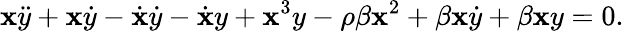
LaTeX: \mathbf{x}\ddot{{y}}+\mathbf{x}\dot{{y}}-\dot{{\mathbf{x}}}\dot{{y}}-\dot{{\mathbf{x}}}y+\mathbf{x}^{3}y-\rho\beta\mathbf{x}^{2}+\beta\mathbf{x}\dot{{y}}+\beta\mathbf{x}y=0.